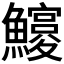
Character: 𩼵